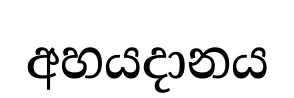
අහයදානය